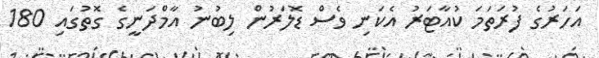
އަހަރުގެ ފުރަތަމަ ކުއާޓަރު އެކަނި ވެސް ޑޮލަރުން ލިބުނު އާމްދަނީގެ ގޮތުގައި 180